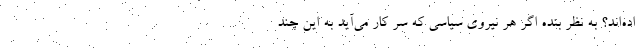
اده‌اند؟ به نظر بنده اگر هر نیروی سیاسی که سر کار می‌آید به این چند